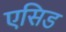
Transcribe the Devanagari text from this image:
एसिड